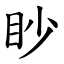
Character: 眇